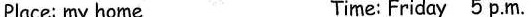
Place: my home Time: Friday 5 p.m.